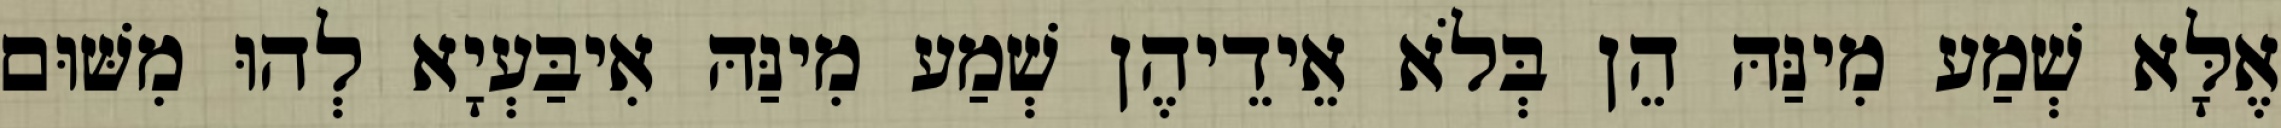
אֶלָּא שְׁמַע מִינַּהּ הֵן בְּלֹא אֵידֵיהֶן שְׁמַע מִינַּהּ אִיבַּעְיָא לְהוּ מִשּׁוּם